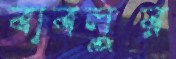
বাবলুর